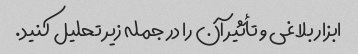
ابزار بلاغی و تأثیر آن را در جمله زیر تحلیل کنید.